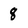
Character: 8